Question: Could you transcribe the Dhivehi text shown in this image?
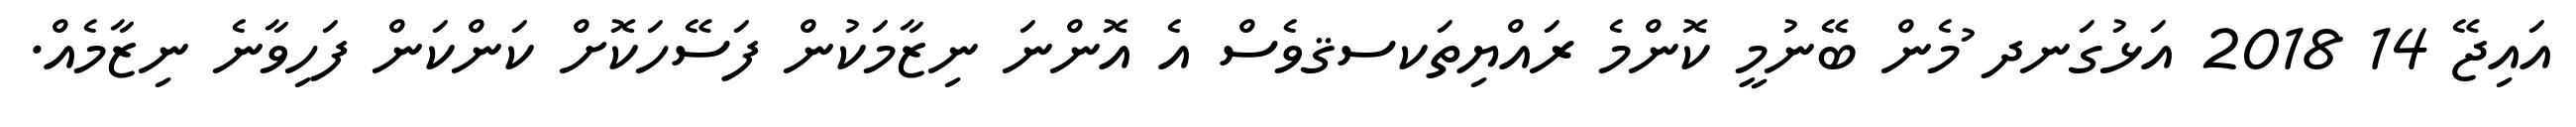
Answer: އައިޖޭ 14 2018 އަޅުގަނދ ުމެން ބޭނުމީ ކޮންމެ ރައްޔިތަކސޤވެސް އެ އޮންނަ ނިޒާމަކުން ފަސޭހަކޮށް ކަންކަން ފަހިވާނެ ނިޒާމެއް.